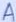
Text: A